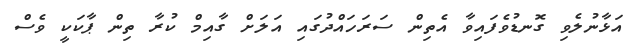
އަޅާނުލެވި ގޮނޑުވެފައިވާ އެތިން ސަރަހައްދުގައި އަލަށް ގާއިމް ކުރާ ތިން ޕާކަކީ ވެސް